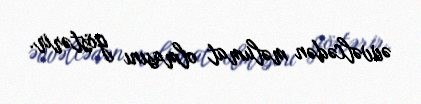
əvvəlcədən məlumat olmasını göstərir.